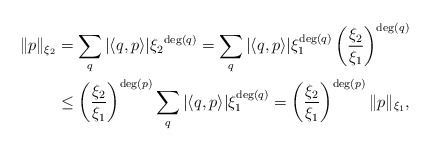
\begin{align*}\|p\|_{\xi_2} &= \sum_q |\langle q,p \rangle| {\xi_2}^{\deg(q)}= \sum_q |\langle q,p \rangle| \xi_1^{\deg(q)} \left( \frac{\xi_2}{\xi_1} \right)^{\deg(q)}\\& \leq \left( \frac{\xi_2}{\xi_1} \right)^{\deg(p)} \sum_q |\langle q,p \rangle| \xi_1^{\deg(q)} = \left( \frac{\xi_2}{\xi_1} \right)^{\deg(p)} \|p\|_{\xi_1},\end{align*}